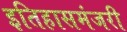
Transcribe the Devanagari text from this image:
इतिहासमंजरी